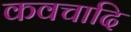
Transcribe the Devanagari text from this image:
कवचादि